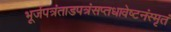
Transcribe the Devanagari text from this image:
भूर्जपत्रंताडपत्रंसप्तधावेष्टनंस्मृतं